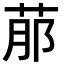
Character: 𦰢